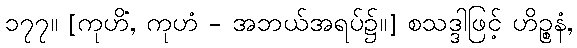
၁၇၇။ [ကုဟိံ, ကုဟံ - အဘယ်အရပ်၌။] စသဒ္ဒါဖြင့် ဟိဉ္စနံ,